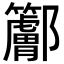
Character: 𨟭